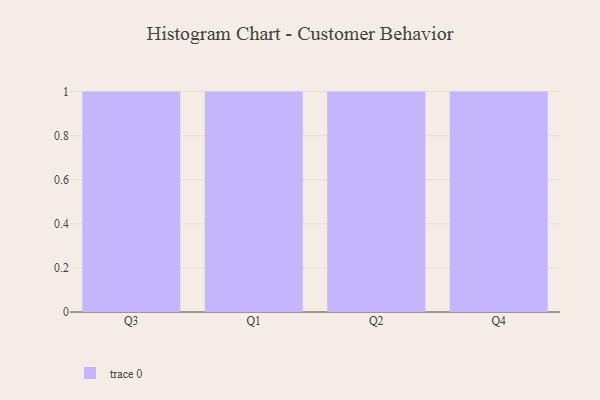
{"axis": {"x": "Quarter", "y": "Temperature (°C)"}, "legend": [""], "data": [{"x": "Q3", "y": 48, "type": ""}, {"x": "Q1", "y": 80, "type": ""}, {"x": "Q2", "y": 32, "type": ""}, {"x": "Q4", "y": 32, "type": ""}]}